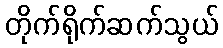
တိုက်ရိုက်ဆက်သွယ်